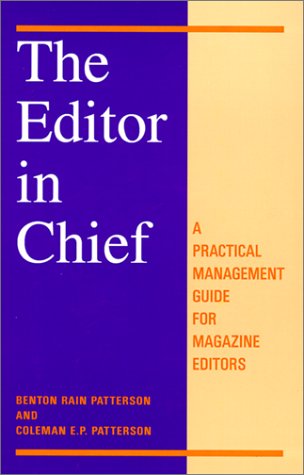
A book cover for The Editor-In-Chief: Apractical Management Guide for Magazine Editors; Benton Rain Patterson; Humor & Entertainment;